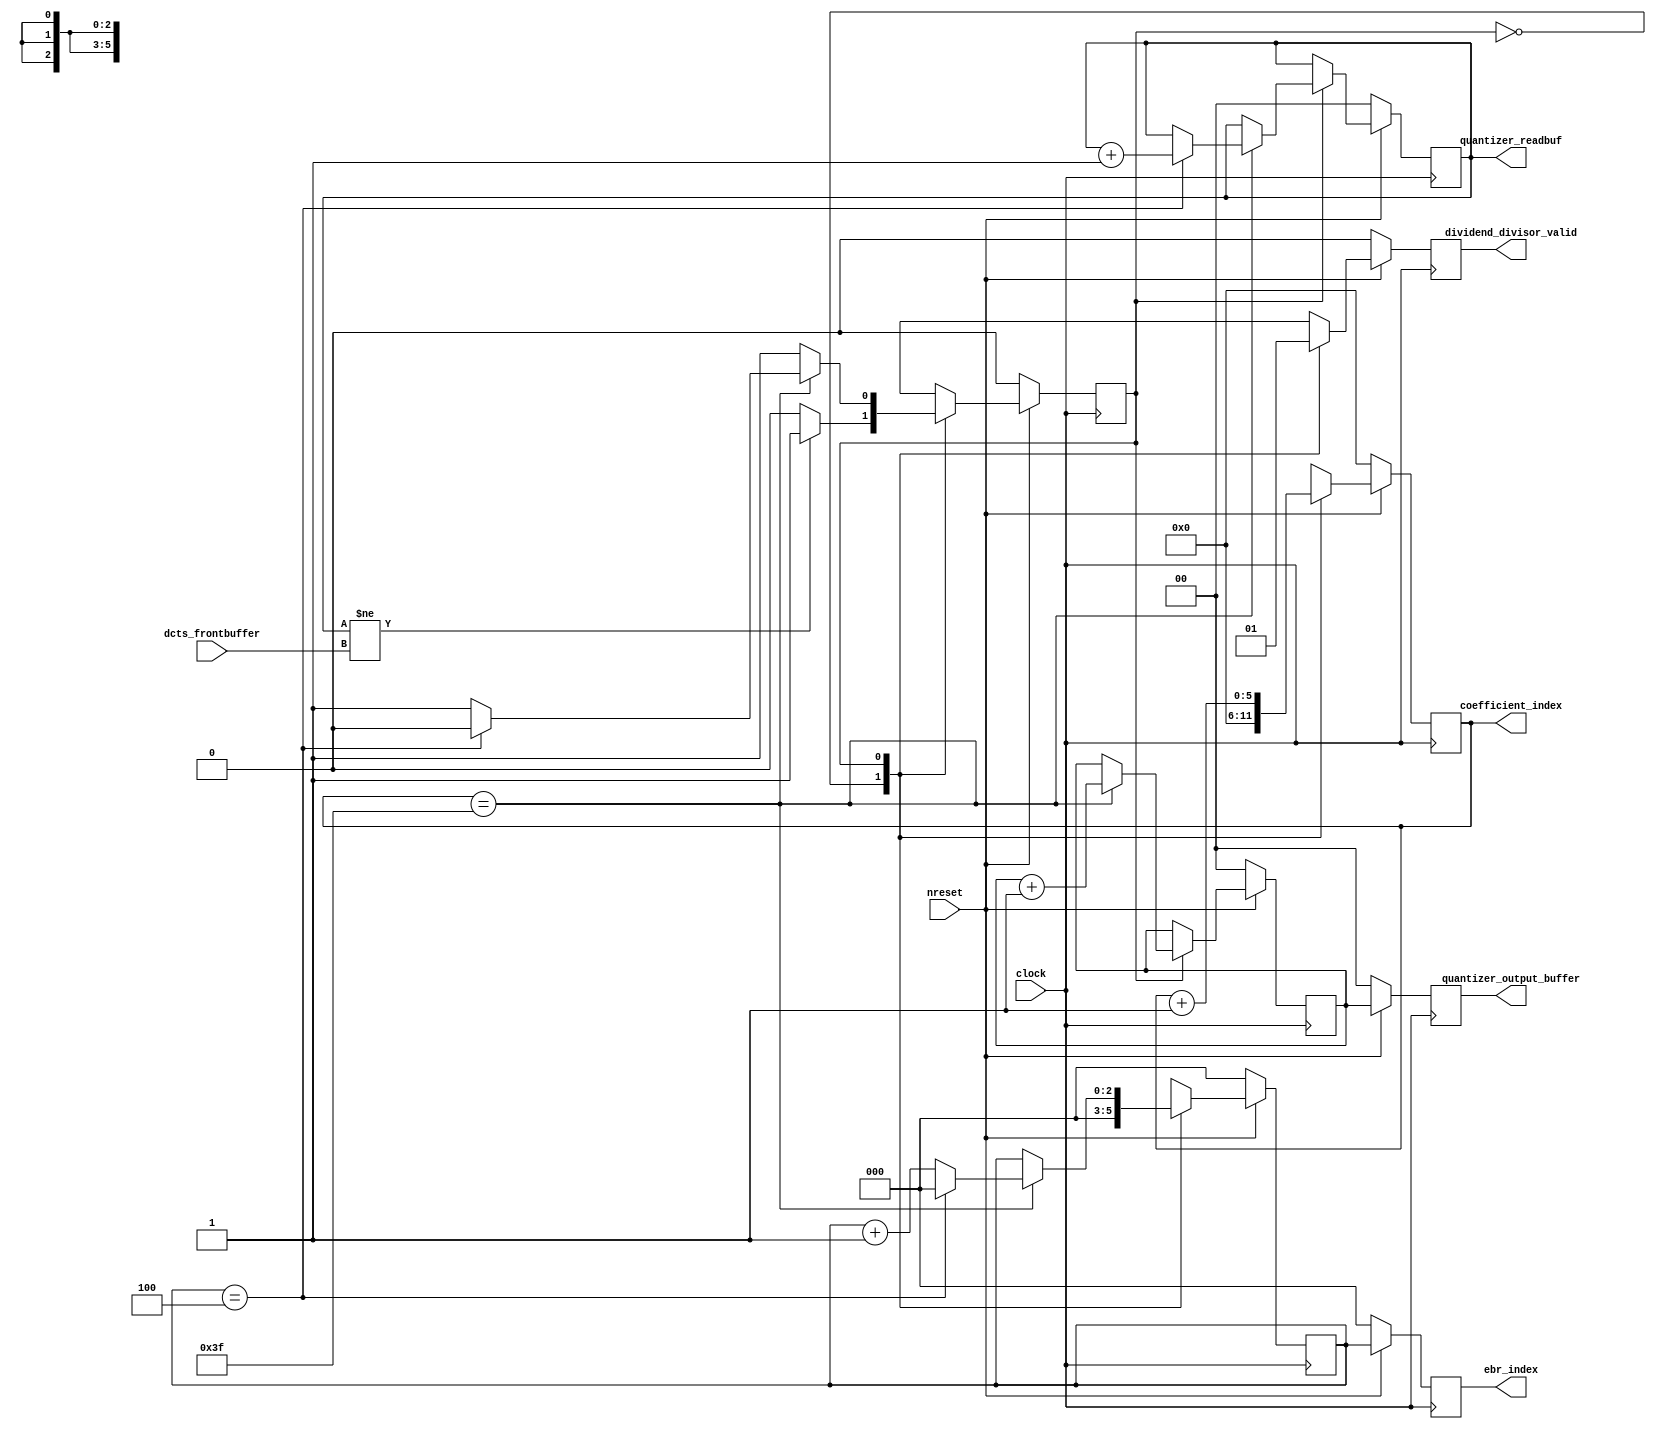
`timescale 1ns/100ps

/**
 * This FSM monitors the quantizer's progress and feeds in new buffers from the dct output stage
 * when the quantizer is ready and when there is more data ready in the dct output stage buffers.
 */
module quantizer_manager_fsm(input                   clock,
                             input                   nreset,

                             input  [1:0]            dcts_frontbuffer,

                             output reg [1:0]            quantizer_readbuf,
                             output reg [5:0]        coefficient_index,
                             output [2:0]            ebr_index,
                             output [1:0]            quantizer_output_buffer,
                             output reg              dividend_divisor_valid);
    reg [0:0] quantizer_state;
`define QUANTIZER_STATE_WAIT 1'h0
`define QUANTIZER_STATE_QUANTIZE 1'h1
    reg [2:0] ebr_index_internal [0:1];
    reg [1:0] quantizer_output_buffer_internal [0:1];

    assign ebr_index = ebr_index_internal[1];
    assign quantizer_output_buffer = quantizer_output_buffer_internal[1];

    always @(posedge clock) begin
        if (nreset) begin
            ebr_index_internal[1] <= ebr_index_internal[0];
            quantizer_output_buffer_internal[1] <= quantizer_output_buffer_internal[0];
            case (quantizer_state)
                `QUANTIZER_STATE_WAIT: begin
                    quantizer_readbuf <= quantizer_readbuf;
                    coefficient_index <= 'h0;
                    dividend_divisor_valid <= 1'h0;
                    ebr_index_internal[0] <= 'h0;
                    if (quantizer_readbuf != dcts_frontbuffer) begin
                        quantizer_state <= `QUANTIZER_STATE_QUANTIZE;
                    end else begin
                        quantizer_state <= `QUANTIZER_STATE_WAIT;
                    end
                end

                `QUANTIZER_STATE_QUANTIZE: begin
                    coefficient_index <= coefficient_index + 6'h1;
                    dividend_divisor_valid <= 1'h1;

                    if (coefficient_index == 'h3f) begin
                        quantizer_output_buffer_internal[0] <= quantizer_output_buffer_internal[0] + 'h1;

                        if (ebr_index_internal[0] == 3'h4) begin
                            quantizer_state <= `QUANTIZER_STATE_WAIT;
                            quantizer_readbuf <= quantizer_readbuf + 'h1;
                            ebr_index_internal[0] <= 'h0;
                        end else begin
                            quantizer_state <= `QUANTIZER_STATE_QUANTIZE;
                            quantizer_readbuf <= quantizer_readbuf;
                            ebr_index_internal[0] <= ebr_index_internal[0] + 'h1;
                        end
                    end else begin
                        quantizer_output_buffer_internal[0] <= quantizer_output_buffer_internal[0];
                        quantizer_state <= `QUANTIZER_STATE_QUANTIZE;
                        ebr_index_internal[0] <= ebr_index_internal[0];
                    end
                end
            endcase
        end else begin
            quantizer_state <= `QUANTIZER_STATE_WAIT;
            quantizer_readbuf <= 2'h0;
            quantizer_output_buffer_internal[0] <= 2'h0;
            quantizer_output_buffer_internal[1] <= 2'h0;
            coefficient_index <= 'h0;
            ebr_index_internal[0] <= 'h0;
            ebr_index_internal[1] <= 'h0;
            dividend_divisor_valid <= 'h0;
        end
    end
endmodule